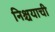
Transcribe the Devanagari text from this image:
निश्चयाची